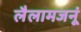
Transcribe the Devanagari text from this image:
लैलामजनूं